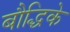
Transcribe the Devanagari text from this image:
बौद्धिके